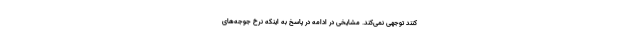
کنند توجهی نمی‌کند. مشایخی در ادامه در پاسخ به اینکه نرخ جوجه‌های